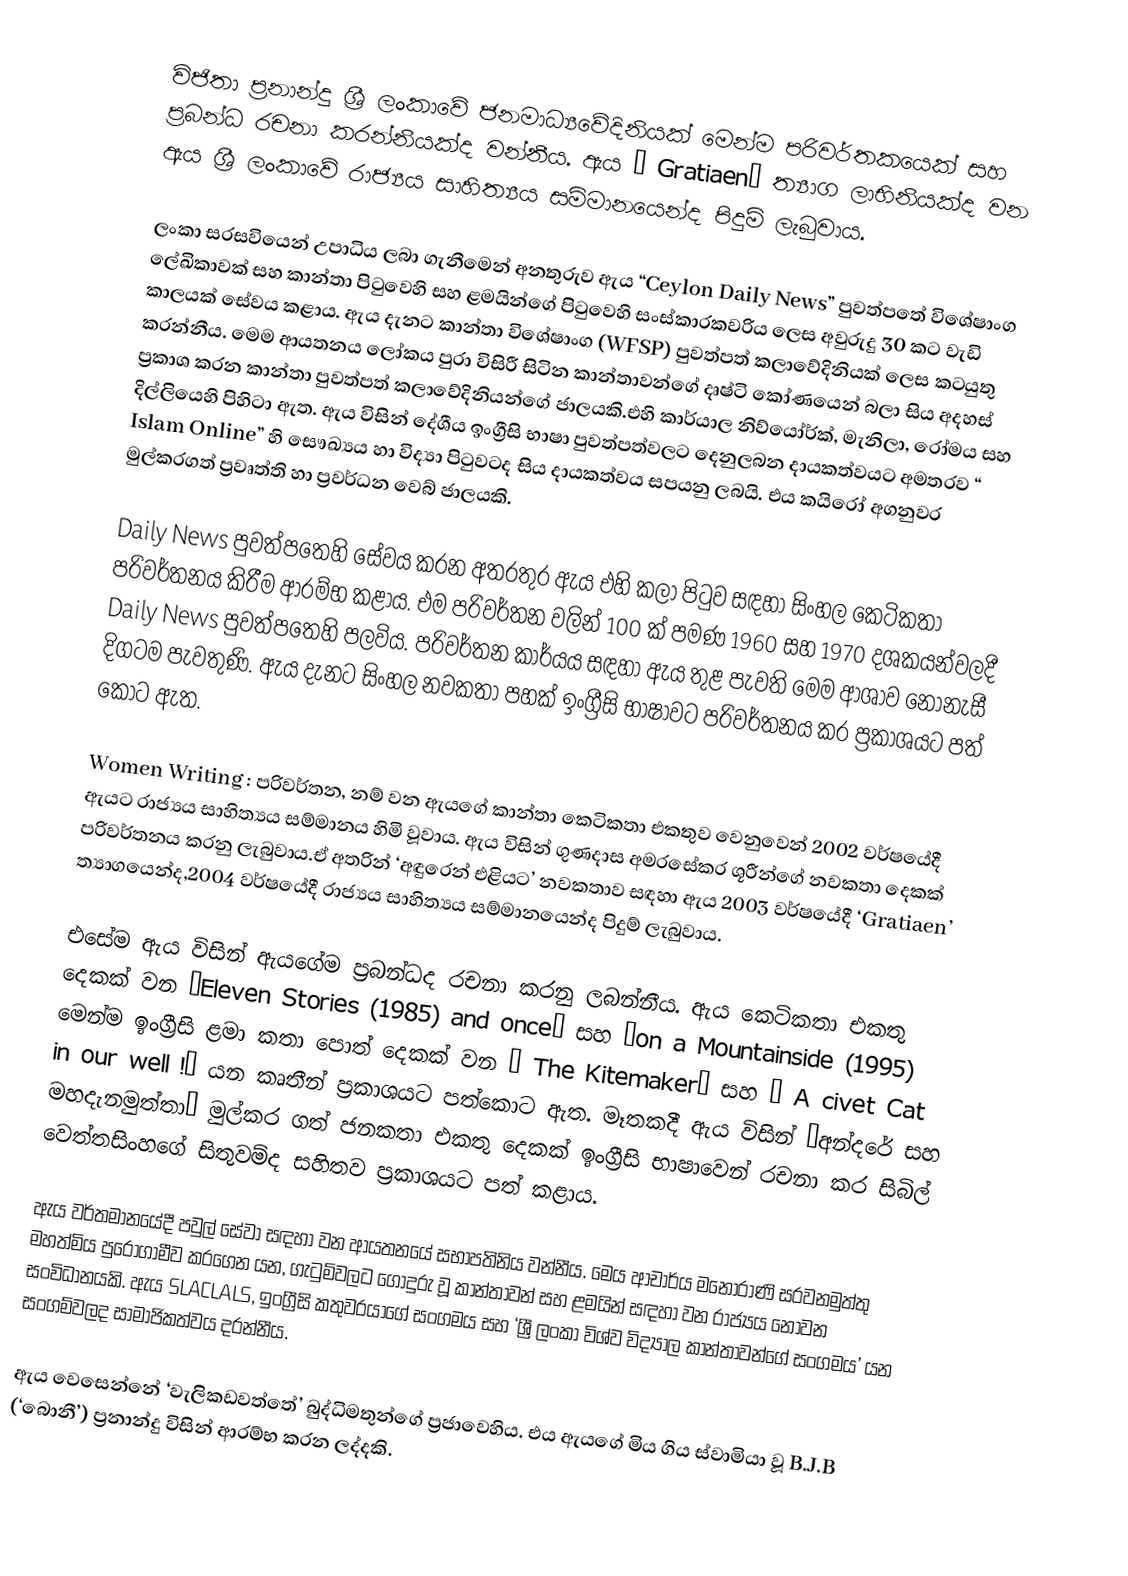
විජිතා ප්‍රනාන්දු ශ්‍රී ලංකාවේ ජනමාධ්‍යවේදිනියක් මෙන්ම පරිවර්තකයෙක් සහ ප්‍රබන්ධ රචනා කරන්නියක්ද වන්නීය. ඇය “ Gratiaen” ත්‍යාග ලාභිනියක්ද වන ඇය ශ්‍රී ලංකාවේ රාජ්‍යය සාහිත්‍යය සම්මානයෙන්ද පිදුම් ලැබුවාය.

ලංකා සරසවියෙන් උපාධිය ලබා ගැනීමෙන් අනතුරුව ඇය “Ceylon Daily News” පුවත්පතේ විශේෂාංග ලේඛිකාවක් සහ කාන්තා පිටුවෙහි සහ ළමයින්ගේ පිටුවෙහි සංස්කාරකවරිය ලෙස අවුරුදු 30 කට වැඩි කාලයක් සේවය කළාය. ඇය දැනට කාන්තා විශේෂාංග (WFSP) පුවත්පත් කලාවේදිනියක් ලෙස කටයුතු කරන්නීය. මෙම ආයතනය ලෝකය පුරා විසිරී සිටින කාන්තාවන්ගේ දෘෂ්ටි කෝණයෙන් බලා සිය අදහස් ප්‍රකාශ කරන කාන්තා පුවත්පත් කලාවේදිනියන්ගේ ජාලයකි.එහි කාර්යාල නිව්යෝර්ක්, මැනිලා, රෝමය සහ දිල්ලියෙහි පිහිටා ඇත. ඇය විසින් දේශීය ඉංග්‍රීසි භාෂා පුවත්පත්වලට දෙනුලබන දායකත්වයට අමතරව “ Islam Online” හි සෞඛ්‍යය හා විද්‍යා පිටුවටද සිය දායකත්වය සපයනු ලබයි. එය කයිරෝ අගනුවර මුල්කරගත් ප්‍රවෘත්ති හා ප්‍රවර්ධන වෙබ් ජාලයකි.

Daily News පුවත්පතෙහි සේවය කරන අතරතුර ඇය එහි කලා පිටුව සඳහා සිංහල කෙටිකතා පරිවර්තනය කිරීම ආරම්භ කළාය. එම පරිවර්තන වලින් 100 ක් පමණ 1960 සහ 1970 දශකයන්වලදී Daily News පුවත්පතෙහි පලවිය. පරිවර්තන කාර්යය සඳහා ඇය තුළ පැවති මෙම ආශාව නොනැසී දිගටම පැවතුණි. ඇය දැනට සිංහල නවකතා පහක් ඉංග්‍රීසි භාෂාවට පරිවර්තනය කර ප්‍රකාශයට පත් කොට ඇත.

Women Writing : පරිවර්තන, නම් වන ඇයගේ කාන්තා කෙටිකතා එකතුව වෙනුවෙන් 2002 වර්ෂයේදී ඇයට රාජ්‍යය සාහිත්‍යය සම්මානය හිමි වූවාය. ඇය විසින් ගුණදාස අමරසේකර ශූරීන්ගේ නවකතා දෙකක් පරිවර්තනය කරනු ලැබුවාය.ඒ අතරින් ‘අඳුරෙන් එළියට’ නවකතාව සඳහා ඇය 2003 වර්ෂයේදී ‘Gratiaen’ ත්‍යාගයෙන්ද,2004 වර්ෂයේදී රාජ්‍යය සාහිත්‍යය සම්මානයෙන්ද පිදුම් ලැබුවාය.

එසේම ඇය විසින් ඇයගේම ප්‍රබන්ධද රචනා කරනු ලබන්නීය. ඇය කෙටිකතා එකතු දෙකක් වන ‘Eleven Stories (1985) and once’ සහ ‘on a Mountainside (1995) මෙන්ම ඉංග්‍රීසි ළමා කතා පොත් දෙකක් වන ‘ The Kitemaker’ සහ ‘ A civet Cat in our well !’ යන කෘතීන් ප්‍රකාශයට පත්කොට ඇත‍. මෑතකදී ඇය විසින් ‘අන්දරේ සහ මහදැනමුත්තා’ මුල්කර ගත් ජනකතා එකතු දෙකක් ඉංග්‍රීසි භාෂාවෙන් රචනා කර සිබිල් වෙත්තසිංහගේ සිතුවම්ද සහිතව ප්‍රකාශයට පත් කළාය.

ඇය වර්තමානයේදී පවුල් සේවා සඳහා වන ආයතනයේ සභාපතිනිය වන්නීය. මෙය ආචාර්ය මනෝරාණි සරවනමුත්තු මහත්මිය පුරෝගාමීව කරගෙන යන, ගැටුම්වලට ගොදුරු වූ කාන්තාවන් සහ ළමයින් සඳහා වන රාජ්‍යය නොවන සංවිධානයකි. ඇය SLACLALS, ඉංග්‍රීසි කතුවරයාගේ සංගමය සහ ‘ශ්‍රී ලංකා විශ්ව විද්‍යාල කාන්තාවන්ගේ සංගමය’ යන සංගම්වලද සාමාජිකත්වය දරන්නීය.

ඇය වෙසෙන්නේ ‘වැලිකඩවත්තේ’ බුද්ධිමතුන්ගේ ප්‍රජාවෙහිය. එය ඇය‍ගේ මිය ගිය ස්වාමියා වූ B.J.B (‘බොනී’) ප්‍රනාන්දු විසින් ආරම්භ කරන ලද්දකි.